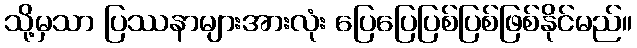
သို့မှသာ ပြဿနာများအားလုံး ပြေပြေပြစ်ပြစ်ဖြစ်နိုင်မည်။